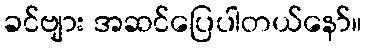
ခင်ဗျား အဆင်ပြေပါတယ်နော်။